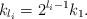
LaTeX: \begin{align*}k_{l_i}=2^{l_i-1}k_1.\end{align*}